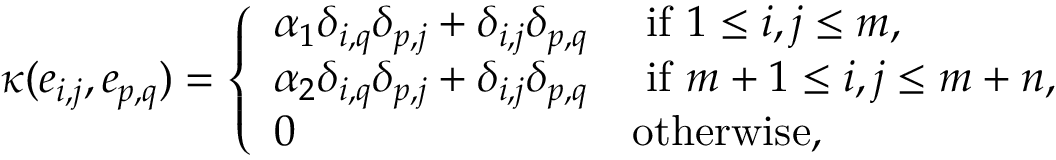
\kappa ( e _ { i , j } , e _ { p , q } ) = \left\{ \begin{array} { l l } { \alpha _ { 1 } \delta _ { i , q } \delta _ { p , j } + \delta _ { i , j } \delta _ { p , q } } & { \mathrm { ~ i f ~ } 1 \leq i , j \leq m , } \\ { \alpha _ { 2 } \delta _ { i , q } \delta _ { p , j } + \delta _ { i , j } \delta _ { p , q } } & { \mathrm { ~ i f ~ } m + 1 \leq i , j \leq m + n , } \\ { 0 } & { \mathrm { o t h e r w i s e } , } \end{array} \right.